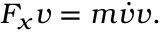
F _ { x } v = m { \dot { v } } v .